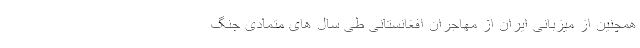
همچنین از میزبانی ایران از مهاجران افغانستانی طی سال های متمادی جنگ